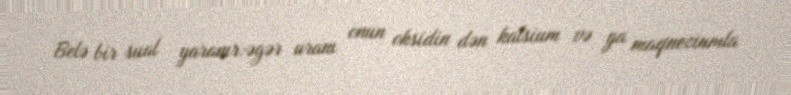
Belə bir sual yaranır:əgər uranı onun oksidin dən kalsium və ya maqneziumla